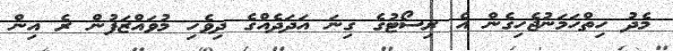
މެދު ހިތްހަމަނުޖެހިގެން އެ ރިސޯޓުގެ ގިނަ އަދަދެއްގެ ދިވެހި މުވައްޒަފުން ރެ އިން